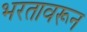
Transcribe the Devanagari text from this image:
भरतावरून